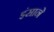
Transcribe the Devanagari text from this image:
इंसाने